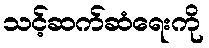
သင့်ဆက်ဆံရေးကို